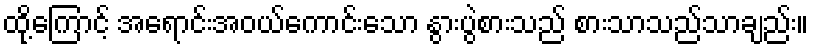
ထို့ကြောင့် အရောင်းအဝယ်ကောင်းသော နွားပွဲစားသည် စားသာသည်သာချည်း။